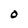
Character: 0